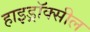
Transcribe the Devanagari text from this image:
हाइड्रॉक्सील